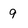
Character: 9